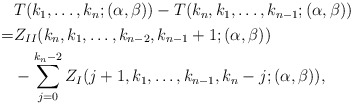
\begin{align*}\begin{aligned}&T(k_1,\ldots,k_n;(\alpha,\beta))-T(k_n,k_1,\ldots,k_{n-1};(\alpha,\beta))\\=&Z_{II}(k_n,k_1,\ldots,k_{n-2},k_{n-1}+1;(\alpha,\beta))\\&-\sum_{j=0}^{k_n-2}Z_{I}(j+1,k_1,\ldots,k_{n-1},k_n-j;(\alpha,\beta)),\end{aligned}\end{align*}